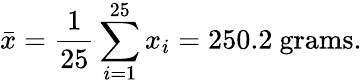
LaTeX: {\bar{x}}={\frac{1}{25}}\sum_{i=1}^{25}x_{i}=250.2{\mathrm{~grams}}.